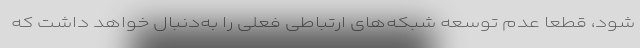
شود، قطعا عدم توسعه شبکه‌های ارتباطی فعلی را به‌دنبال خواهد داشت که